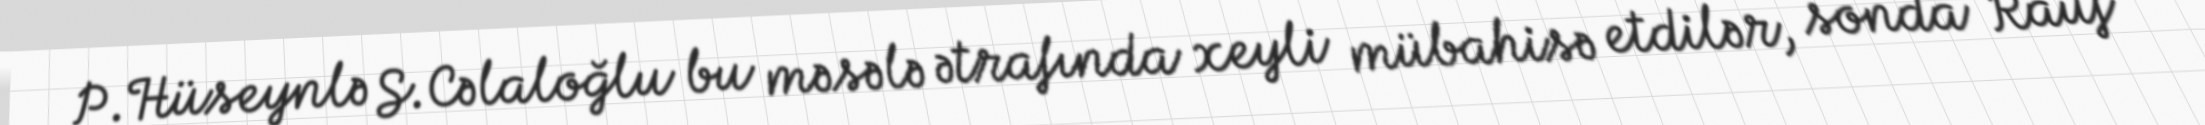
P.Hüseynlə S.Cəlaloğlu bu məsələ ətrafında xeyli mübahisə etdilər, sonda Rauf